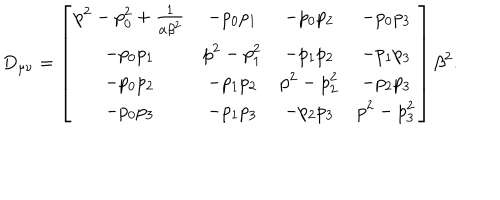
LaTeX: D _ { \mu \nu } = \left[ \begin{matrix} { { p ^ { 2 } - p _ { 0 } ^ { 2 } + \frac { 1 } { \alpha \beta ^ { 2 } } } } & { { - p _ { 0 } p _ { 1 } } } & { { - p _ { 0 } p _ { 2 } } } & { { - p _ { 0 } p _ { 3 } } } \\ { { - p _ { 0 } p _ { 1 } } } & { { p ^ { 2 } - p _ { 1 } ^ { 2 } } } & { { - p _ { 1 } p _ { 2 } } } & { { - p _ { 1 } p _ { 3 } } } \\ { { - p _ { 0 } p _ { 2 } } } & { { - p _ { 1 } p _ { 2 } } } & { { p ^ { 2 } - p _ { 2 } ^ { 2 } } } & { { - p _ { 2 } p _ { 3 } } } \\ { { - p _ { 0 } p _ { 3 } } } & { { - p _ { 1 } p _ { 3 } } } & { { - p _ { 2 } p _ { 3 } } } & { { p ^ { 2 } - p _ { 3 } ^ { 2 } } } \\ \end{matrix} \right] \beta ^ { 2 } .